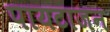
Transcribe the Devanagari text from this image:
पायटाजन